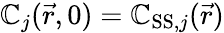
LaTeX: \mathbb{C}_{j}(\vec{{r}},0)=\mathbb{C}_{\mathrm{{SS}},j}(\vec{{r}})